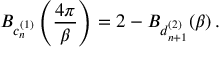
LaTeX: B _ { c _ { n } ^ { ( 1 ) } } \left( \frac { 4 \pi } { \beta } \right) = 2 - B _ { d _ { n + 1 } ^ { ( 2 ) } } ( \beta ) \, .